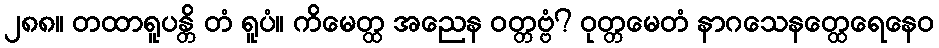
၂၈၈။ တထာရူပန္တိ တံ ရူပံ။ ကိမေတ္ထ အညေန ဝတ္တဗ္ဗံ? ဝုတ္တမေတံ နာဂသေနတ္ထေရေနေဝ